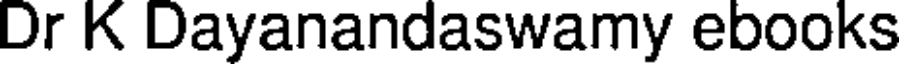
Dr K Dayanandaswamy ebooks